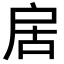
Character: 𭠄